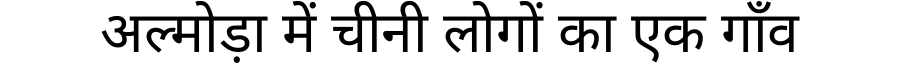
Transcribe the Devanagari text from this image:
अल्मोड़ा में चीनी लोगों का एक गाँव